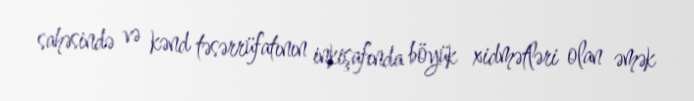
sahəsində və kənd təsərrüfatının inkişafında böyük xidmətləri olan əmək